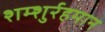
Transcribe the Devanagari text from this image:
शम्शुर्रहमान